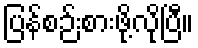
ပြန်စဉ်းစားဖို့လိုပြီ။